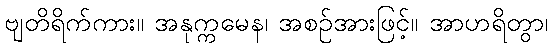
ဗျတိရိက်ကား။ အနုက္ကမေန၊ အစဉ်အားဖြင့်။ အာဟရိတွာ၊